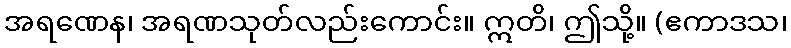
အရဏေန၊ အရဏသုတ်လည်းကောင်း။ ဣတိ၊ ဤသို့။ (ဧကာဒသ၊